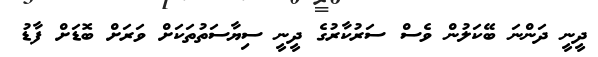
ދީނީ ދަންނަ ބޭކަލުން ވެސް ސަރުކާރުގެ ދީނީ ސިޔާސަތުތަކަށް ވަރަށް ބޮޑަށް ފާޑު